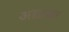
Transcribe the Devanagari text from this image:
अद्याक्षर